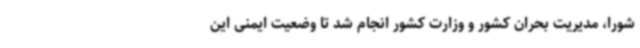
شورا، مدیریت بحران کشور و وزارت کشور انجام شد تا وضعیت ایمنی این